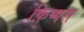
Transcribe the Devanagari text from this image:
फ़िप्पस